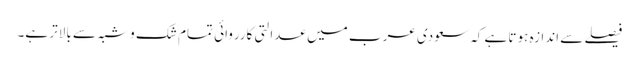
فیصلے سے اندازہ ہوتا ہے کہ سعودی عرب میں عدالتی کارروائی تمام شک و شبہ سے بالاتر ہے۔